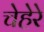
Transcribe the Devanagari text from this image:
चेहेरे